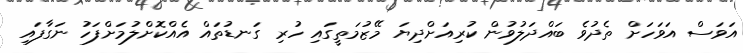
އަވަސް އަވަހަށް ތެދުވެ ބައްދަލުވުން ކުރިއަށްދިޔަ މޭޒުމަތީގައި ހުރި ގަނޑުތައް އެއްކޮށްލުމަށްފަހު ނަގާފައި